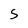
Character: S